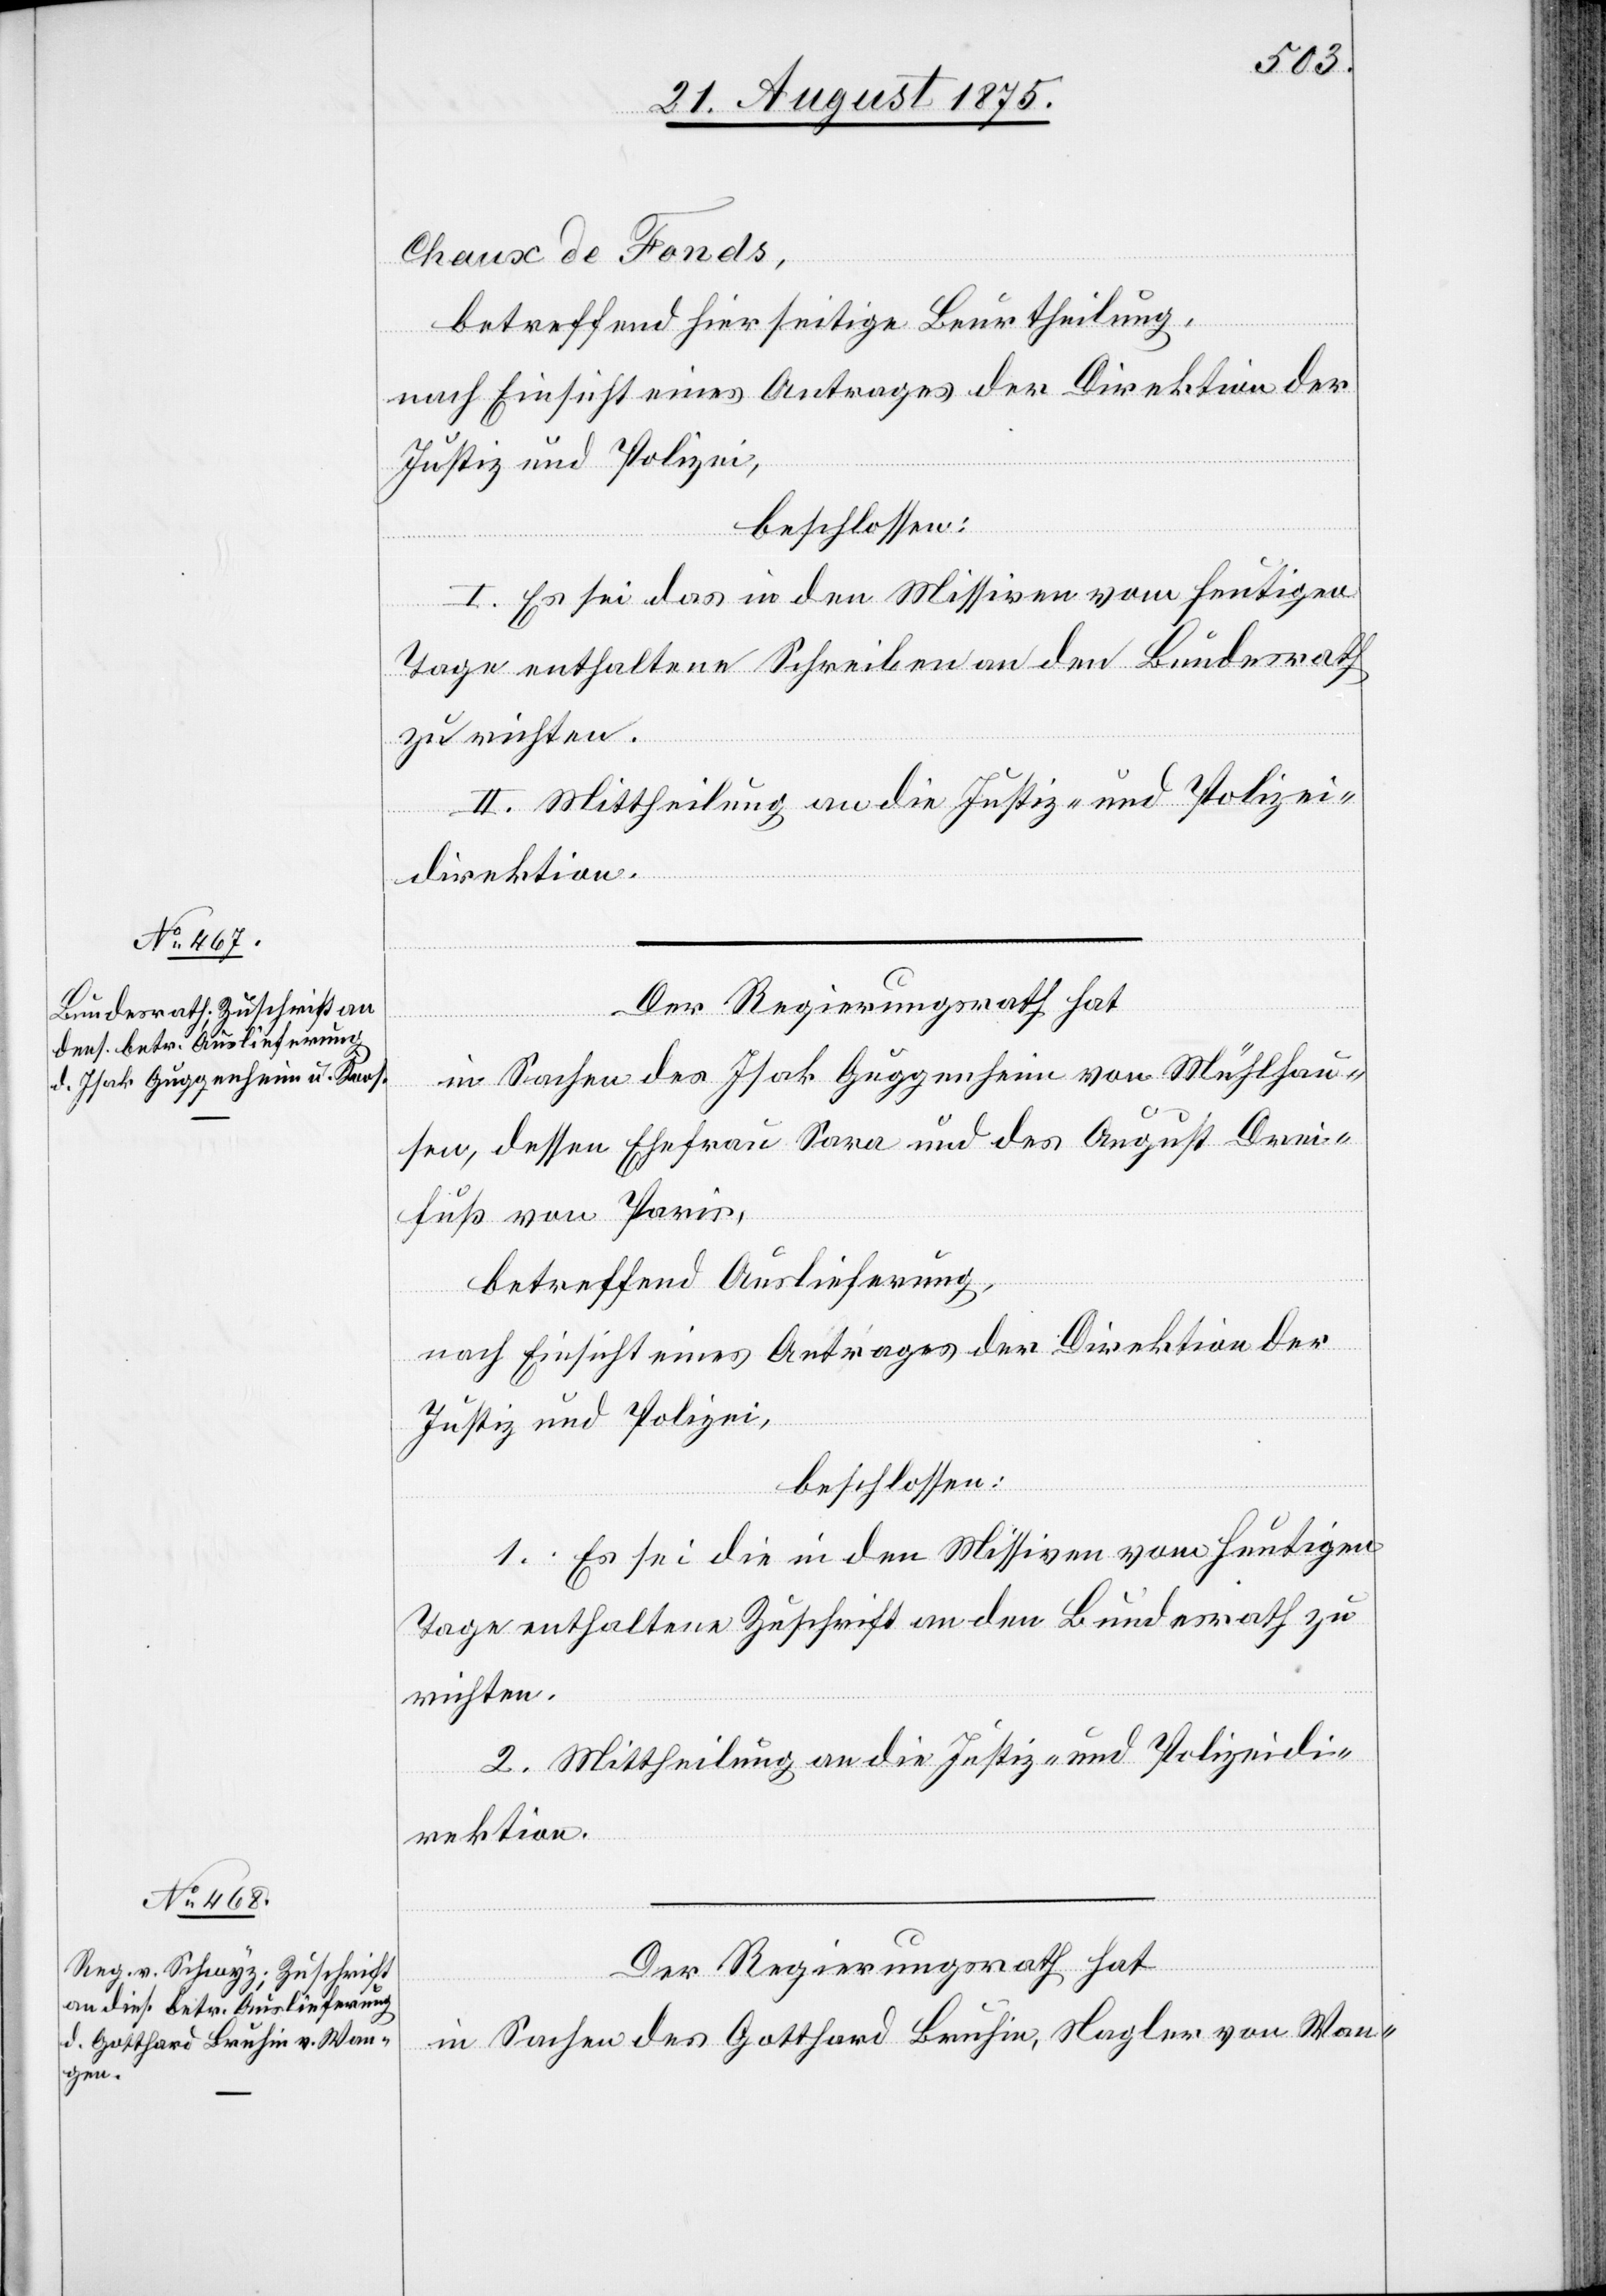
Chaux de Fonds,
betreffend hierseitige Beurtheilung,
nach Einsicht eines Antrages der Direktion der
Justiz und Polizei,
beschlossen:
I. Es sei das in den Missiven vom heutigen
Tage enthaltene Schreiben an den Bundesrath
zu richten.
II. Mittheilung an die Justiz- und Polizei¬
direktion.
Der Regierungsrath hat,
in Sachen des Isak Guggenheim von Mühlhau¬
sen, dessen Ehefrau Sara und des August Drei¬
fuß von Paris,
betreffend Auslieferung,
nach Einsicht eines Antrages der Direktion der
Justiz und Polizei,
beschlossen:
1. Es sei die in den Missiven vom heutigen
Tage enthaltene Zuschrift an den Bundesrath zu
richten.
2. Mittheilung an die Justiz- und Polizeidi¬
rektion.
Der Regierungsrath hat
in Sachen des Gotthard Bruhin, Nagler von Wan-